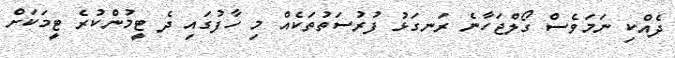
ދެއްކި ނަމަވެސް ގޯލްޖަހާނެ ރަނގަޅު ފުރުސަތުތަކެއް މި ހާފުގައި ދެ ޓީމުންކުރެ ޓީމަކަށް